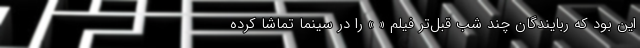
این بود که ربایندگان چند شب قبل‌تر فیلم « » را در سینما تماشا کرده